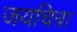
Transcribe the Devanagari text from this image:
जयचित्रा